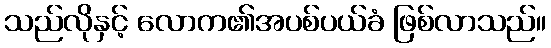
သည်လိုနှင့် လောက၏အပစ်ပယ်ခံ ဖြစ်လာသည်။